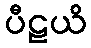
ပီဠယိ